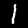
Label: 1